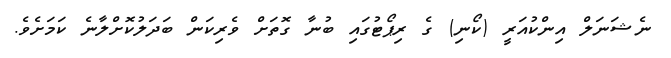
ނެޝަނަލް އިންކުއަރީ (ކޯނި) ގެ ރިޕޯޓުގައި ބުނާ ގޮތަށް ވެރިކަން ބަދަލުކޮށްލާނެ ކަމަށެވެ.